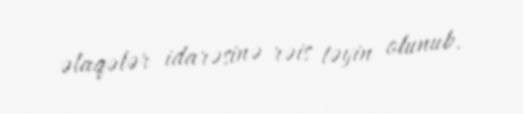
əlaqələr idarəsinə rəis təyin olunub.